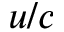
u / c